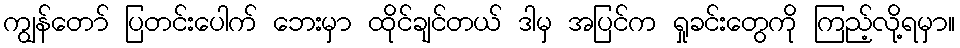
ကျွန်တော် ပြတင်းပေါက် ဘေးမှာ ထိုင်ချင်တယ် ဒါမှ အပြင်က ရှုခင်းတွေကို ကြည့်လို့ရမှာ။